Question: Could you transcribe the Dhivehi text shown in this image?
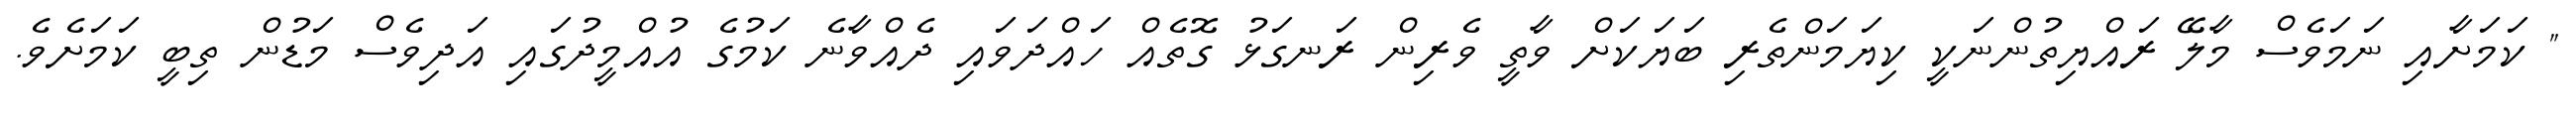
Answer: " ކަމަށާއި ނަމަވެސް މާލޭ ރައްޔިތުންނަކީ ކިޔަމަންތެރި ބަޔަކަށް ވާތީ ވެރިން ރަނގަޅު ގޮތެއް ހައްދަވައި ދެއްވާނެ ކަމުގެ އުއްމީދުގައި އަދިވެސް މަޑުން ތިބީ ކަމަށެވެ.